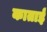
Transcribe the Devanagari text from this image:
काताई